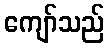
ကျော်သည်